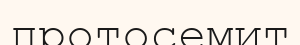
протосемит